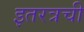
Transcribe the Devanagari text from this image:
इतरत्रची